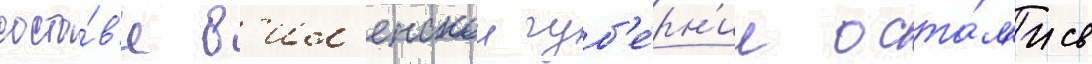
соста́в'е в'ил'енскои губ'е́рн'ии оста́л'ись